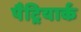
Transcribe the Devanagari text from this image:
पैट्रियार्क